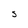
Character: S